Report on the working of the mental hospitals for Indians in Bihar and Orissa - 1925-1929
Year: 1925
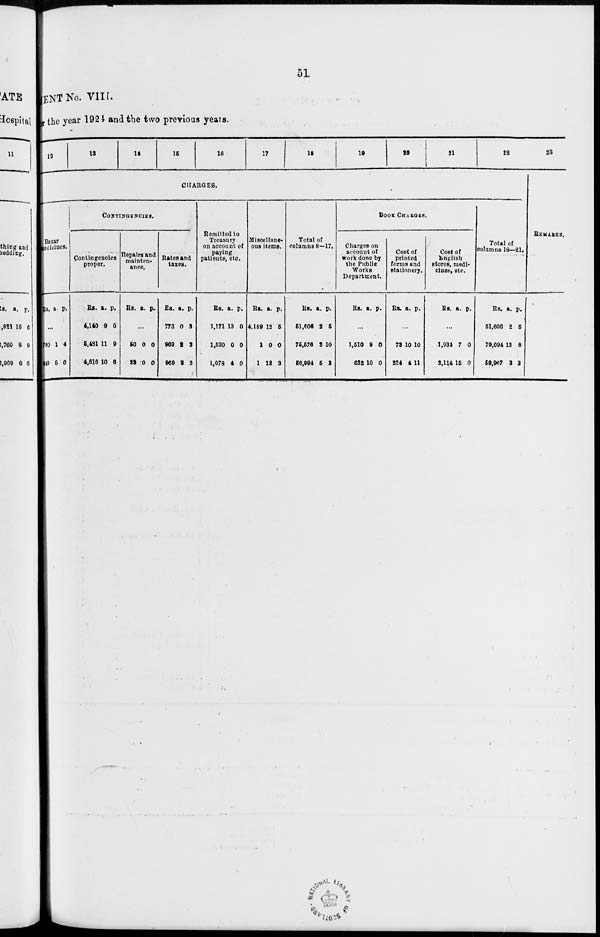
51
MENT No. VIII.
for the year 1924 and the two previous years.
12
13
14
15
16
17
18
19
20
21
22
CHARGES.
Bazar
medicines.
Rs. a. p.
...
780
349
1
5
4
0
CONTINGENCIES.
Contingencies
proper.
Rs.
4,140
5,481
4,616
a.
9
11
10
p.
0
9
6
Repairs and
mainten-
ance.
Rs. a. p.
...
50
22
0
0
0
0
Rates and
taxes.
Rs.
773
969
969
a.
0
2
2
p.
3
3
3
Remitted to
Treasury
on account of
paying
patients, etc.
Rs.
1,171
1,530
1,078
a.
13
0
4
p.
0
0
0
Miscellane-
ous items.
Rs.
4,189
1
1
a.
12
0
12
p.
5
0
3
Total of
columns 8—17.
Rs.
51,606
75,576
56,994
a.
2
2
5
p.
5
10
3
BOOK CHARGES.
Charges on
account of
work done by
the Public
Works
Department.
Rs. a. p.
...
1,510
633
9
10
0
0
Cost of
printed
forms and
stationery.
Rs. a. p.
...
73
224
10
4
10
11
Cost of
English
stores, medi-
cines, etc.
Rs. a. p.
...
1,934
2,114
7
15
0
0
Total of
columns 18—21.
Rs.
51,606
79,094
59,967
a.
2
13
3
p.
5
8
2
23
REMARKS.